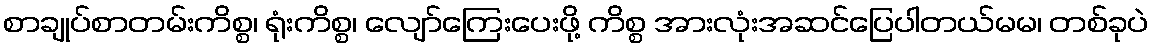
စာချုပ်စာတမ်းကိစ္စ၊ ရုံးကိစ္စ၊ လျော်ကြေးပေးဖို့ ကိစ္စ အားလုံးအဆင်ပြေပါတယ်မမ၊ တစ်ခုပဲ